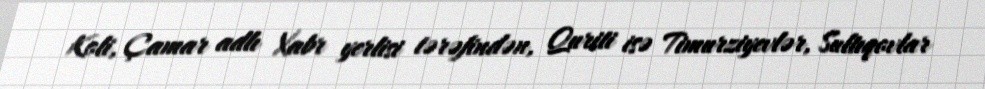
Koli, Çamar adlı Xabr yerlisi tərəfindən, Quriti isə Timurziyevlər, Sultıqovlar